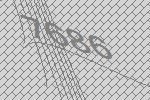
7686